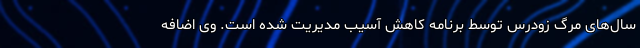
سال‌‌های مرگ زودرس توسط برنامه کاهش آسیب مدیریت شده است. وی اضافه